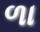
ળા